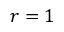
r = 1